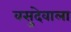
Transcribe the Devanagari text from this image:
वसुदेवाला